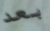
بعد